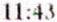
11:43